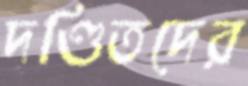
দণ্ডিতদের